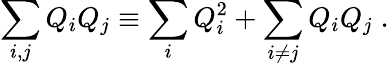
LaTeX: \sum_{i,j}Q_{i}Q_{j}\equiv\sum_{i}Q_{i}^{2}+\sum_{i\neq j}Q_{i}Q_{j}\; .